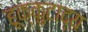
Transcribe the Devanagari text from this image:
हूक्कुटाद्य